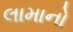
લામાનો